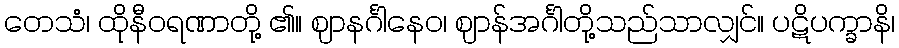
တေသံ၊ ထိုနီဝရဏာတို့ ၏။ ဈာနင်္ဂါနေဝ၊ ဈာန်အင်္ဂါတို့သည်သာလျှင်။ ပဋိပက္ခာနိ၊